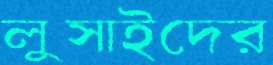
লুসাইদের